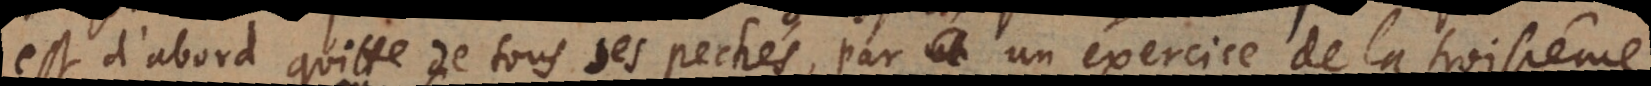
est d’abord quitté de tous ses pechés, par un exercice de la troisième